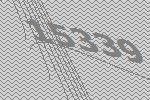
15339